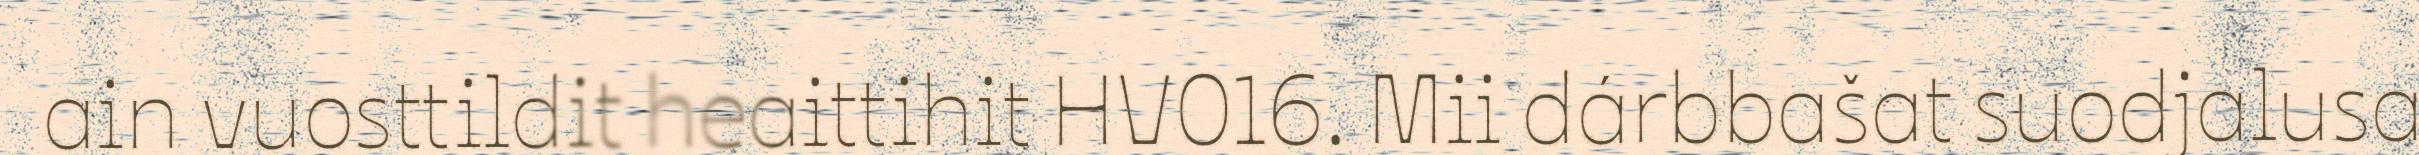
ain vuosttildit heaittihit HV016. Mii dárbbašat suodjalusa